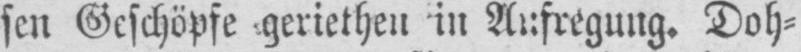
sen Geschöpfe geriethen in Aufregung. Doh⸗